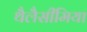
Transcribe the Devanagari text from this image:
थैलैसीमिया